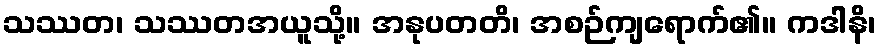
သဿတ၊ သဿတအယူသို့။ အနုပတတိ၊ အစဉ်ကျရောက်၏။ ကဒါနိ၊